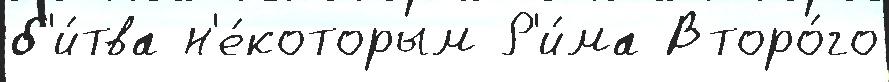
б'и́тва н'е́которым Р'и́ма Второ́го